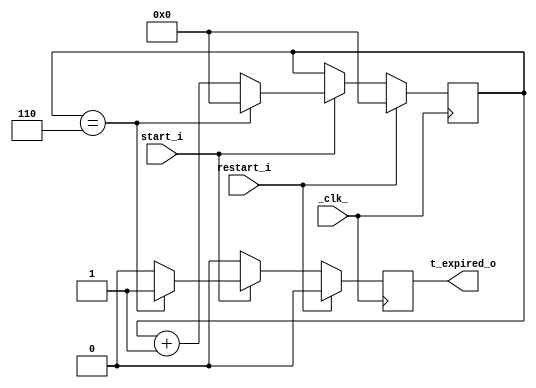
`timescale 1ns / 1ps
////////////////////////////////////////////////////////////////// 
////                                                              ////
////                                                              //// 
////  Sincronizador                                               //// 
////                                                              ////
////                                                              //// 
////  Este archivo describe el comportamiento                     //// 
////  de un temporizador en Verilog                               //// 
////                                                              //// 
////  Description                                                 //// 
////  Este mdulo es un temporizador que cuenta 7 segundos para   ////
////  enviar una seal a la maquina de estados y cerrar la puerta ////  
////  del ascensor. Tiene 3 entradas: _clk_ el reloj de 1Hz,      ////  
////  start_i que habilita la cuenta y restart_i que se encarga de////  
////  reiniciar la cuenta. La salida es una seal t_expired que se////  
////  habilita en un ciclo de reloj cuando la cuenta llega a 7.   ////    
////                                                              //// 
////                                                              //// 
////                                                              //// 
////                                                              //// 
////  Autor    :                                                  //// 
////      - Manuel Zumbado Corrales manu3193@gmail.com            //// 
////      - Arturo Salas Delgado    artsaldel@gmail.com           ////  
////                                                              //// 
////////////////////////////////////////////////////////////////////// 
////                                                              //// 
//// Copyright (C) 2009 Authors and OPENCORES.ORG                 //// 
////                                                              //// 
//// This source file may be used and distributed without         //// 
//// restriction provided that this copyright statement is not    //// 
//// removed from the file and that any derivative work contains  //// 
//// the original copyright notice and the associated disclaimer. //// 
////                                                              //// 
//// This source file is free software; you can redistribute it   //// 
//// and/or modify it under the terms of the GNU Lesser General   //// 
//// Public License as published by the Free Software Foundation; //// 
//// either version 2.1 of the License, or (at your option) any   //// 
//// later version.                                               //// 
////                                                              //// 
//// This source is distributed in the hope that it will be       //// 
//// useful, but WITHOUT ANY WARRANTY; without even the implied   //// 
//// warranty of MERCHANTABILITY or FITNESS FOR A PARTICULAR      //// 
//// PURPOSE.  See the GNU Lesser General Public License for more //// 
//// details.                                                     //// 
////                                                              //// 
//// You should have received a copy of the GNU Lesser General    //// 
//// Public License along with this source; if not, download it   //// 
/// from http://www.opencores.org/lgpl.shtml                     //// 
////                                                              //// 
//////////////////////////////////////////////////////////////////////

module Temporizador( _clk_, start_i, restart_i, t_expired_o);

	input _clk_, start_i, restart_i;
	output  t_expired_o;


	reg[3:0] contador = 4'b0; //registro que almacena Contador
	localparam contador_max=7; //Se cuentan 7 segundos
	reg t_expired_o=0;
	
	
	always @(posedge _clk_) begin
		t_expired_o<=0;
		if(restart_i) 
			contador <=0;	
		else begin
			if (start_i) begin		
				if(contador==contador_max-1) begin
					t_expired_o<=1'b1;
					contador <=0;
				end
				else begin
					contador <= contador+1;
				end
			end
		end
	end
endmodule